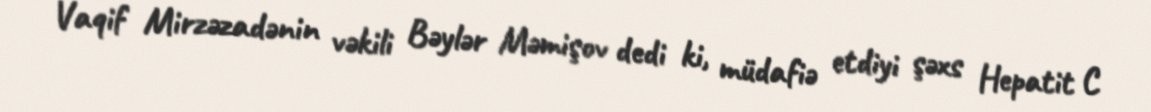
Vaqif Mirzəzadənin vəkili Bəylər Məmişov dedi ki, müdafiə etdiyi şəxs Hepatit C